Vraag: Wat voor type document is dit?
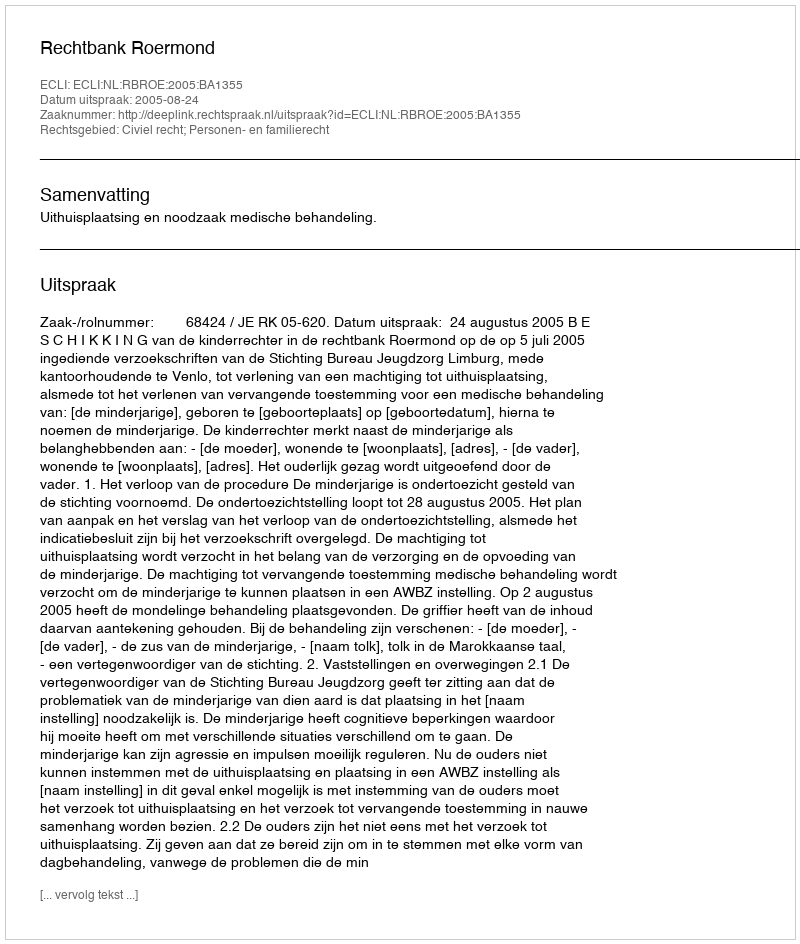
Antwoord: Uitspraak